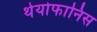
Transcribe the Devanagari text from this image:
थेयोफानिस